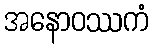
အနောဝဿကံ